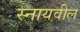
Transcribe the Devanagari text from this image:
स्नायवील